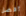
أفضل